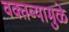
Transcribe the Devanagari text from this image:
वक्तव्यामुळे